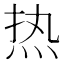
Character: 热